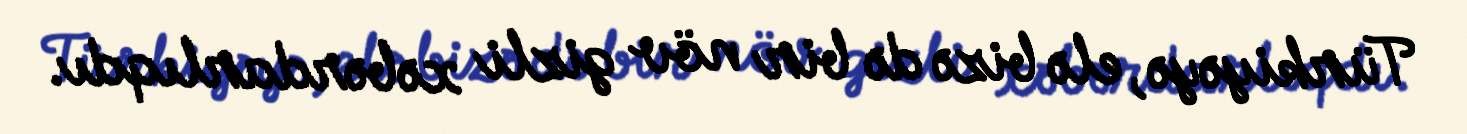
Türkiyəyə, elə bizə də bir növ gizli xəbərdarlıqdı.